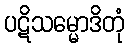
ပဋိသမ္မောဒိတုံ